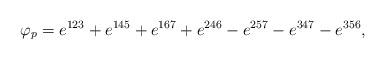
LaTeX: \begin{align*} \varphi_p = e^{123} + e^{145} + e^{167} + e^{246} - e^{257} - e^{347} - e^{356},\end{align*}